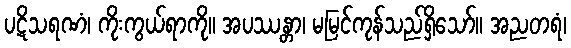
ပဋိသရဏံ၊ ကိုးကွယ်ရာကို။ အပဿန္တာ၊ မမြင်ကုန်သည်ရှိသော်။ အညတရံ၊